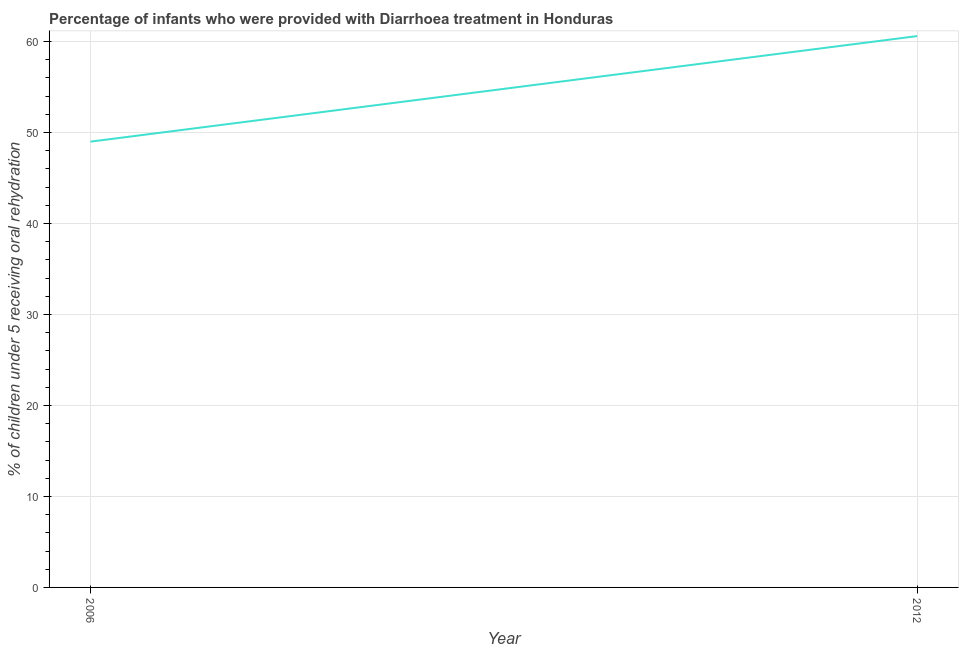
| Year | Diarrhea treatment |
 | --- | --- |
 | 2006 | 49 |
 | 2012 | 60.6 |